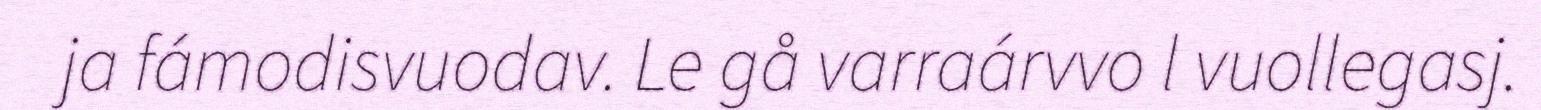
ja fámodisvuodav. Le gå varraárvvo l vuollegasj.